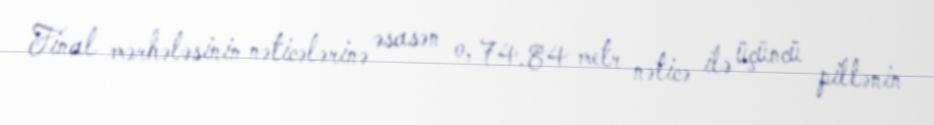
Final mərhələsinin nəticələrinə əsasən o, 74.84 metr nəticə ilə üçüncü pillənin